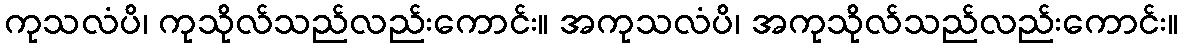
ကုသလံပိ၊ ကုသိုလ်သည်လည်းကောင်း။ အကုသလံပိ၊ အကုသိုလ်သည်လည်းကောင်း။